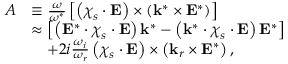
\begin{array} { r l } { A } & { \equiv \frac { \omega } { \omega ^ { * } } \left[ \left( \boldsymbol { \chi } _ { s } \cdot \mathbf { E } \right) \times \left( \mathbf { k } ^ { * } \times \mathbf { E } ^ { * } \right) \right] } \\ & { \approx \left[ \left( \mathbf { E } ^ { * } \cdot \boldsymbol { \chi } _ { s } \cdot \mathbf { E } \right) \mathbf { k } ^ { * } - \left( \mathbf { k } ^ { * } \cdot \boldsymbol { \chi } _ { s } \cdot \mathbf { E } \right) \mathbf { E } ^ { * } \right] } \\ & { \quad + 2 i \frac { \omega _ { i } } { \omega _ { r } } \left( \boldsymbol { \chi } _ { s } \cdot \mathbf { E } \right) \times \left( \mathbf { k } _ { r } \times \mathbf { E } ^ { * } \right) , } \end{array}